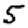
Digit: 5